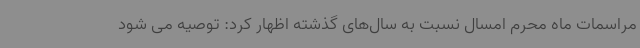
مراسمات ماه محرم امسال نسبت به سال‌های گذشته اظهار کرد: توصیه می شود